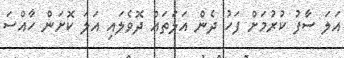
އަލަ ސާފު ކުރުމަށް ފަހު ދެން އަލަތައް ދޮވެލައި އަލަ ކޮށަން ހާއްސަ